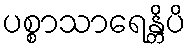
ပစ္စာသာရေန္တိပိ